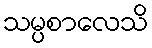
သမ္ပစာလေသိ